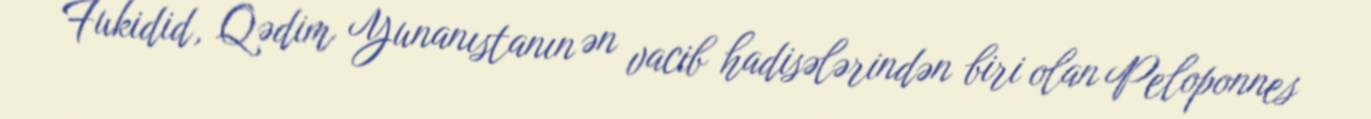
Fukidid, Qədim Yunanıstanın ən vacib hadisələrindən biri olan Peloponnes